Annual administration report of the Civil Veterinary Department of India - 1903-1904
Year: 1903
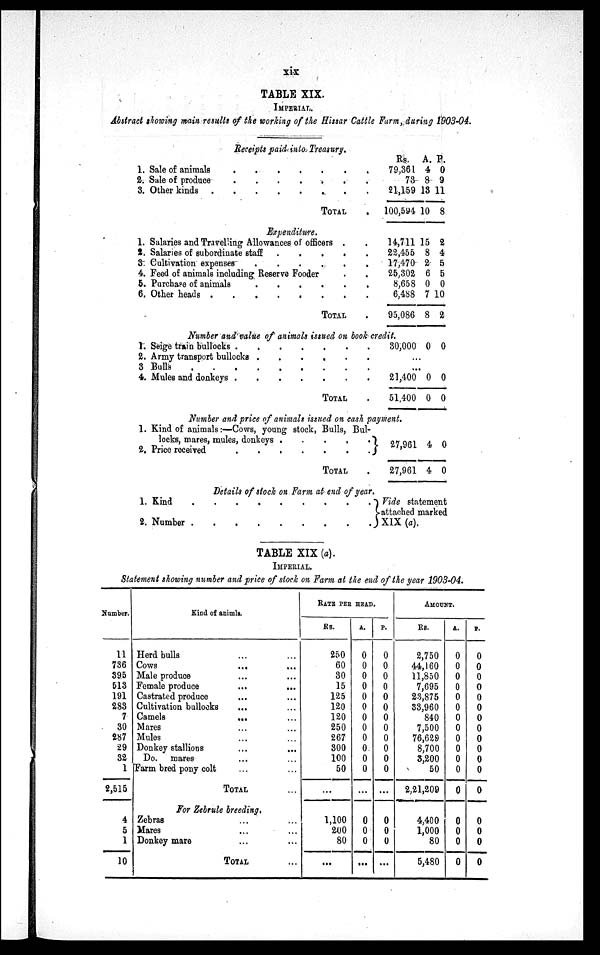
xix
TABLE XIX.
IMPERIAL.
Abstract showing main results of the working of the Hissar Cattle Farm, during 1903-04.
Receipts paid into Treasury.
1. Sale of animals . . . . . . .
2. Sale of produce
.
.
.
.
.
.
.
3. Other kinds . . . . . . . .
TOTAL .
Expenditure.
1. Salaries and Travelling Allowances of officers . .
2. Salaries of subordinate staff
.
.
.
.
.
3. Cultivation expenses . .
.
.
.
.
4. Feed of animals including Reserve Fooder . .
5. Purchase of animals
.
.
.
.
.
.
6. Other heads
.
.
.
.
.
.
.
TOTAL .
Rs.
79,361
73
21,159 13
100,594
A.
4
8
1
10
P.
0
9
1
8
14,711 1
22,455
17,470
25,302
8,658
6,488
95,086
5
8
2
6
0
7 1
8
2
4
5
5
0
0
2
Number and value of animals issued on book credit.
1. Seige train bullocks . . . . . . . . .
2. Army transport bullocks . . . . . . . . .
3 Bulls
.
.
.
.
.
.
.
.
.
4. Mules and donkeys . . . . . . . . .
TOTAL .
30,000 0 0
...
...
21,400
51,400
0
0
0
0
Number and price of animals issued on cash payment.
1. Kind of animals:—Cows, young stock, Bulls, Bul-
locks, mares, mules, donkeys . . . . .
2. Price received
...
...
...
TOTAL .
Details of stock on Farm at end of year.
1. Kind ... ... ...
2.
Number...
...
...
27,961
27,961
4
4
0
0
Vide statement
attached marked
XIX (a).
TABLE XIX (a).
IMPERIAL.
Statement showing number and price of stock on Farm at the end of the year 1903-04.
Number.
11
736
395
513
191
283
7
30
287
29
32
1
2,515
4
5
1
10
Kind of animls.
Herd bulls ... ...
Cows
... ...
Male produce ... ...
Female produce ... ...
Castrated produce ... ...
Cultivation bullocks ... ...
Camels
...
...
Mares ... ...
Mules ... ...
Donkey stallions ... ...
Do. mares ... ...
Farm bred pony colt ... ...
TOTAL ...
For Zebrule breeding.
Zebras ... ...
Mares ... ...
Donkey mare ... ...
TOTAL ...
RATE PER HEAD.
Rs.
250
60
30
15
125
120
120
250
267
300
100
50
...
1,100
200
80
...
A.
0
0
0
0
0
0
0
0
0
0
0
0
...
0
0
0
...
P.
0
0
0
0
0
0
0
0
0
0
0
0
...
0
0
0
...
AMOUNT.
Rs.
2,750
44,160
11,850
7,695
23,875
33,960
840
7,500
76,629
8,700
3,200
50
2,21,209
4,400
1,000
80
5,480
A.
0
0
0
0
0
0
0
0
0
0
0
0
0
0
0
0
0
P.
0
0
0
0
0
0
0
0
0
0
0
0
0
0
0
0
0